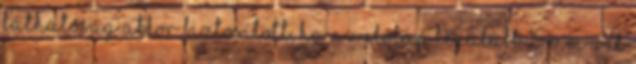
láthatóság akkor biztosított, ha az elõlap legalább 15 mm-rel